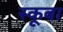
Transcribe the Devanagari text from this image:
स्‍कूबा